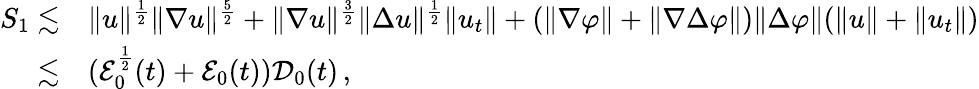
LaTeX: \begin{array}{rl}{S_{1}\lesssim}&{\| u\| ^{\frac{1}{2}}\| \nabla u\| ^{\frac{5}{2}}+\| \nabla u\| ^{\frac{3}{2}}\| \Delta u\| ^{\frac{1}{2}}\| u_{t}\| +(\| \nabla\varphi\| +\| \nabla\Delta\varphi\| )\| \Delta\varphi\| (\| u\| +\| u_{t}\| )}\\ {\lesssim}&{(\mathcal{E}_{0}^{\frac{1}{2}}(t)+\mathcal{E}_{0}(t))\mathcal{D}_{0}(t)\, ,}\end{array}